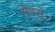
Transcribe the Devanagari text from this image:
सेवरों